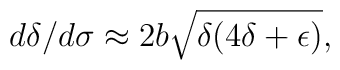
d\delta/d\sigma\approx 2b\sqrt{\delta (4\delta+\epsilon)},